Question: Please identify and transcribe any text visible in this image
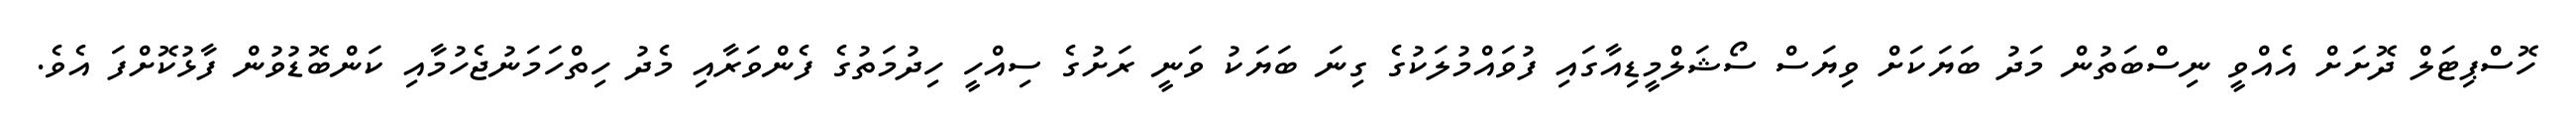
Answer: ހޮސްޕިޓަލް ދޮށަށް އެއްވީ ނިސްބަތުން މަދު ބަޔަކަށް ވިޔަސް ސޯޝަލްމީޑިއާގައި ފުވައްމުލަކުގެ ގިނަ ބަޔަކު ވަނީ ރަށުގެ ސިއްހީ ހިދުމަތުގެ ފެންވަރާއި މެދު ހިތްހަމަނުޖެހުމާއި ކަންބޮޑުވުން ފާޅުކޮށްފަ އެވެ.